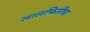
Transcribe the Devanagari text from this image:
लालफितीचा